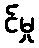
င်မှု